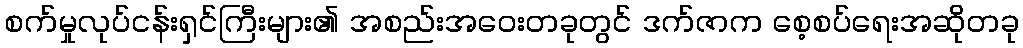
စက်မှုလုပ်ငန်းရှင်ကြီးများ၏ အစည်းအဝေးတခုတွင် ဒက်ဇာက စေ့စပ်ရေးအဆိုတခု